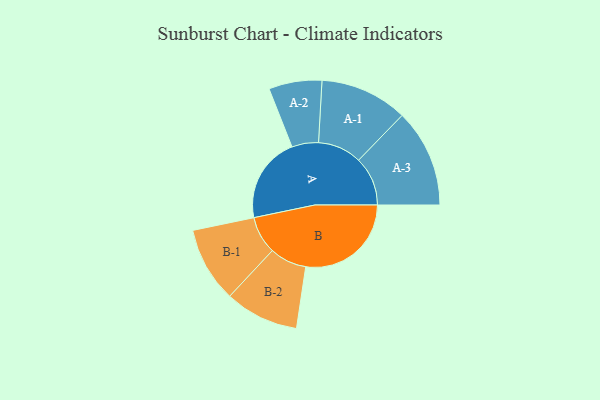
{"axis": {"x": "Segment", "y": "Value"}, "legend": ["", "A", "B"], "data": [{"x": "A", "y": 362, "type": ""}, {"x": "B", "y": 445, "type": ""}, {"x": "A-1", "y": 185, "type": "A"}, {"x": "A-2", "y": 112, "type": "A"}, {"x": "A-3", "y": 207, "type": "A"}, {"x": "B-1", "y": 159, "type": "B"}, {"x": "B-2", "y": 156, "type": "B"}]}